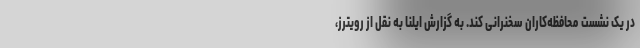
در یک نشست محافظه‌کاران سخنرانی کند. به گزارش ایلنا به نقل از رویترز،